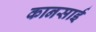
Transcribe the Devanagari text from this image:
कानसाई